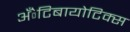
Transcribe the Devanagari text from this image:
अँेटिबायोटिक्स